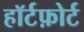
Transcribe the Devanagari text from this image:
हॉर्टफ़ोर्ट